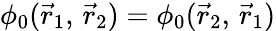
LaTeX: \phi_{0}({\vec{r}}_{1},\, {\vec{r}}_{2})=\phi_{0}({\vec{r}}_{2},\, {\vec{r}}_{1})